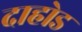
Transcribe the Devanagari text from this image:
दाहोड